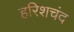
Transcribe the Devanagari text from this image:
हरिशचंद